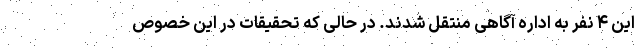
این ۴ نفر به اداره آگاهی منتقل شدند. در حالی که تحقیقات در این خصوص